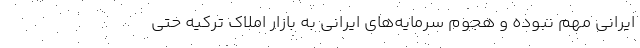
ایرانی مهم نبوده و هجوم سرمایه‌های ایرانی به بازار املاک ترکیه حتی